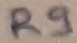
Text: R9